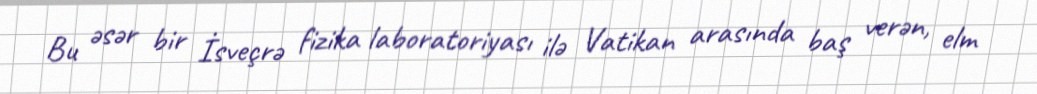
Bu əsər bir İsveçrə fizika laboratoriyası ilə Vatikan arasında baş verən, elm